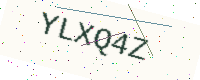
Text: YLXQ4Z